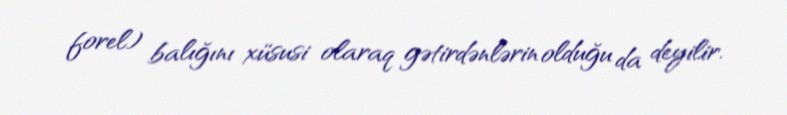
forel) balığını xüsusi olaraq gətirdənlərin olduğu da deyilir.